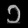
Digit: ၁